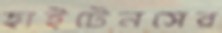
হাইটেনসের